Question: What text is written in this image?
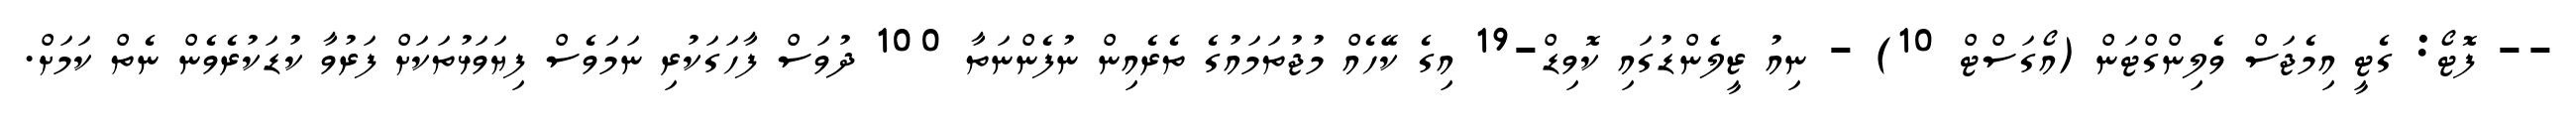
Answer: -- ފޮޓޯ: ގެޓީ އިމެޖަސް ވެލިންގްޓަން (އޯގަސްޓް 10) - ނިއު ޒީލެންޑުގައި ކޮވިޑް-19 އިގެ ކޭހެއް މުޖުތަމައުގެ ތެރެއިން ނުފެންނަތާ 100 ދުވަސް ފާހަގަކުރި ނަމަވެސް ފިޔަވަޅުތަކަށް ފަރުވާ ކުޑަކުރެވެން ނެތް ކަމަށް.